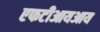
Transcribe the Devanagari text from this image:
एफटीआयआय